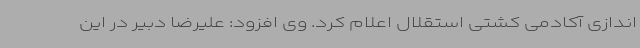
اندازی آکادمی کشتی استقلال اعلام کرد. وی افزود: علیرضا دبیر در این